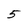
Character: 5